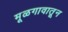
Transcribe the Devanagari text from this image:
मूळगावातून